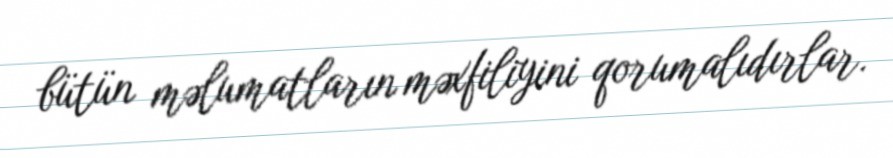
bütün məlumatların məxfiliyini qorumalıdırlar.